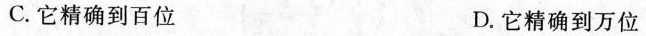
C.它精确到百位 D.它精确到万位